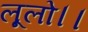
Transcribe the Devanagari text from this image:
लूलो।।